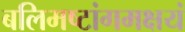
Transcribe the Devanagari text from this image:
बलिमष्टांगमक्षयं